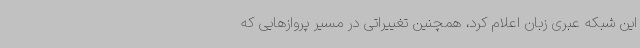
این شبکه عبری زبان اعلام کرد، همچنین تغییراتی در مسیر پروازهایی که